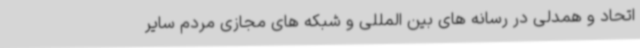
اتحاد و همدلی در رسانه های بین المللی و شبکه های مجازی مردم سایر